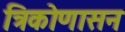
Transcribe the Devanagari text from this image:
त्रिकोणासन